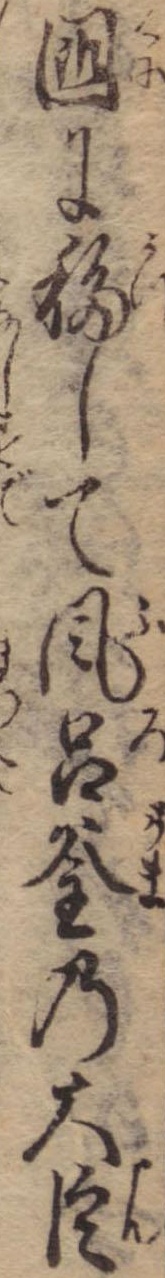
国に移して風呂釜の大臣